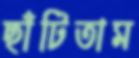
ছাঁটিতাম